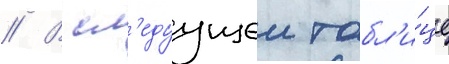
// В сл'едуущеи табл'и́це